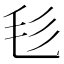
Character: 毝